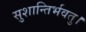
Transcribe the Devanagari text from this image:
सुशान्तिर्भवतु।